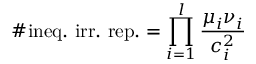
\# \mathrm { i n e q . ~ i r r . ~ r e p . } = \prod _ { i = 1 } ^ { l } \frac { \mu _ { i } \nu _ { i } } { c _ { i } ^ { 2 } }